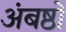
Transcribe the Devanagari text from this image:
अंबष्ठों